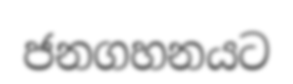
ජනගහනයට